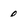
Character: 0